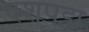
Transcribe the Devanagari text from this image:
दशपद्म